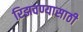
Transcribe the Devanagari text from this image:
रिझवण्यासाठी